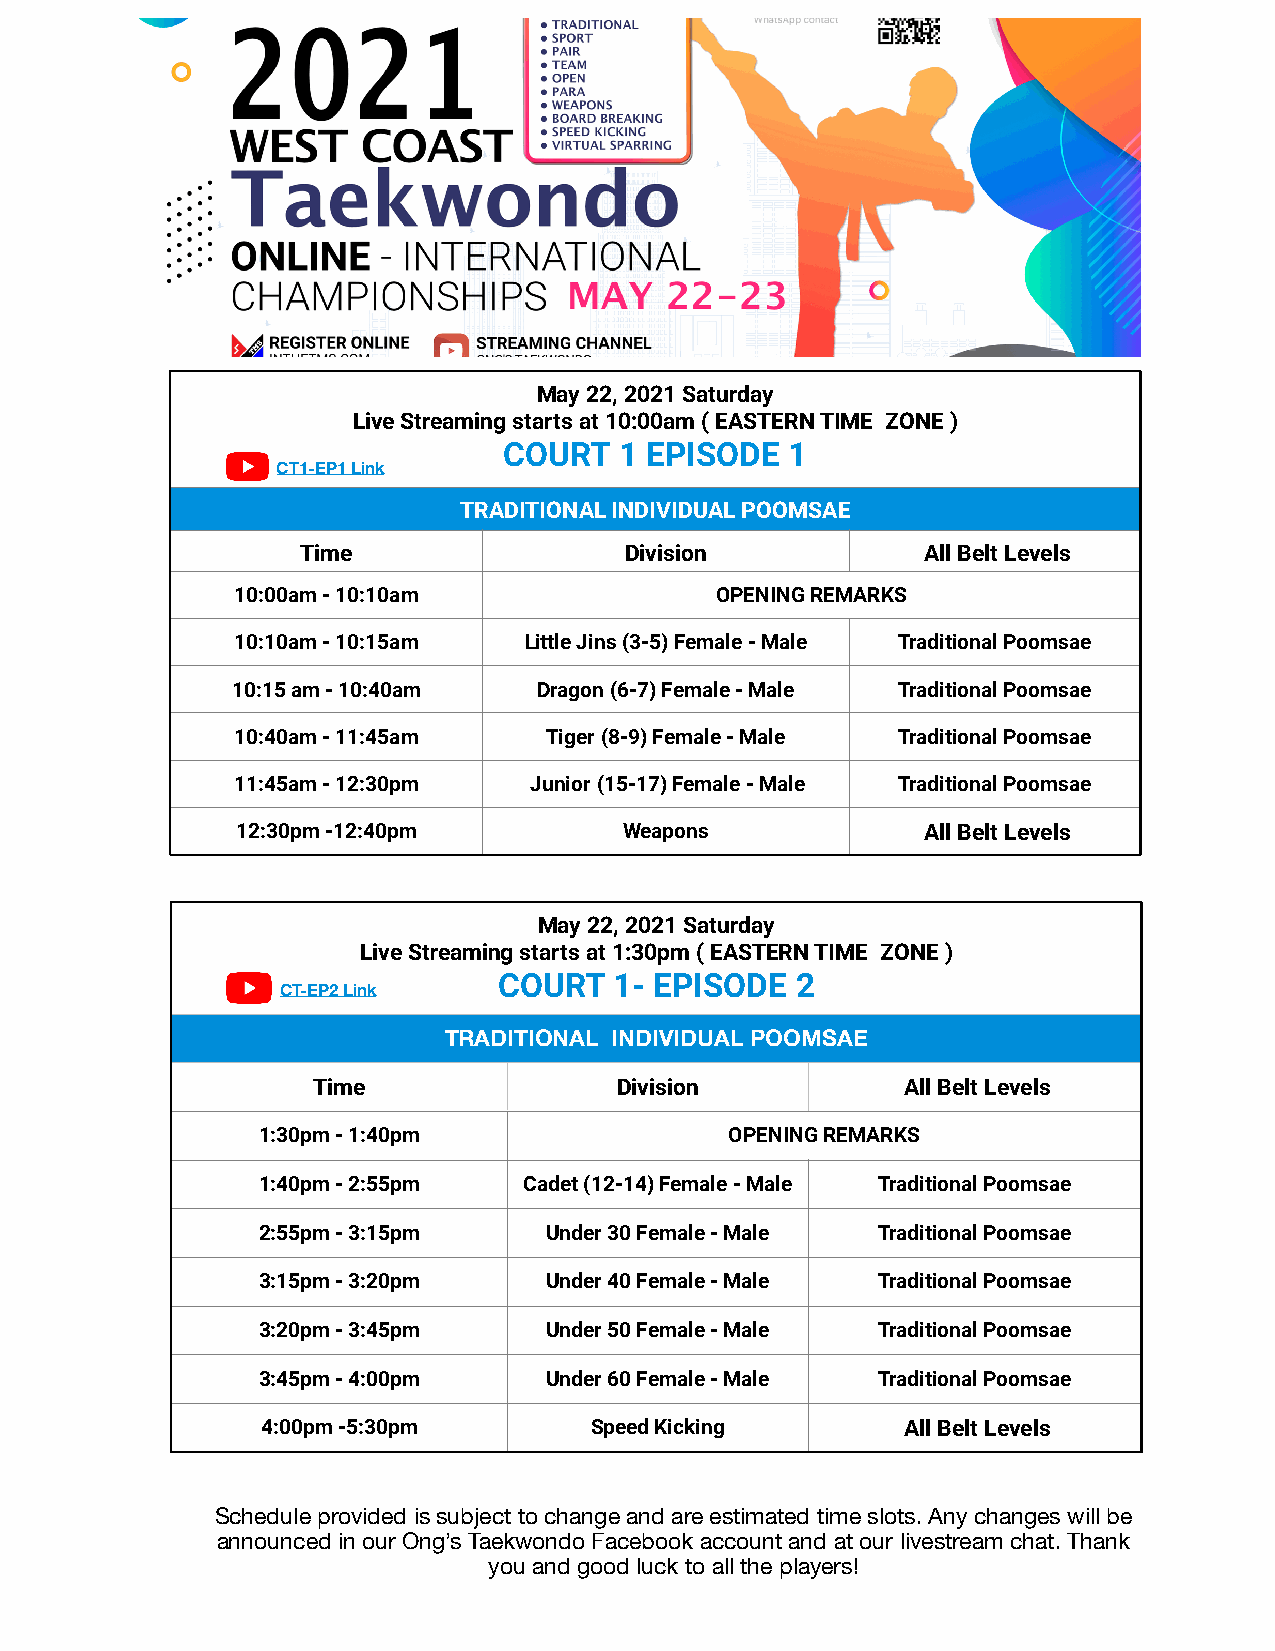
May 22, 2021 Saturday
 Live Streaming starts at 10:00am ( EASTERN TIME ZONE )
 COURT   1 EPISODE  1
 CT1-EP1 Link
 TRADITIONAL INDIVIDUAL POOMSAE
 Time                 Division            All Belt Levels
 10:00am - 10:10am              OPENING REMARKS
 10:10am - 10:15am  Little Jins (3-5) Female - Male Traditional Poomsae
 10:15 am - 10:40am   Dragon (6-7) Female - Male Traditional Poomsae
 10:40am - 11:45am   Tiger (8-9) Female - Male Traditional Poomsae
 11:45am - 12:30pm  Junior (15-17) Female - Male Traditional Poomsae
 12:30pm -12:40pm         Weapons             All Belt Levels
 May 22, 2021 Saturday
 Live Streaming starts at 1:30pm ( EASTERN TIME ZONE )
 COURT   1- EPISODE  2
 CT-EP2 Link
 TRADITIONAL INDIVIDUAL POOMSAE
 Time                Division           All Belt Levels
 1:30pm - 1:40pm                OPENING REMARKS
 1:40pm - 2:55pm   Cadet (12-14) Female - Male Traditional Poomsae
 2:55pm - 3:15pm    Under 30 Female - Male Traditional Poomsae
 3:15pm - 3:20pm    Under 40 Female - Male Traditional Poomsae
 3:20pm - 3:45pm    Under 50 Female - Male Traditional Poomsae
 3:45pm - 4:00pm    Under 60 Female - Male Traditional Poomsae
 4:00pm -5:30pm        Speed Kicking        All Belt Levels
 Schedule provided is subject to change and are estimated time slots. Any changes will be
 announced in our Ong’s Taekwondo Facebook account and at our livestream chat. Thank
 you and good luck to all the players!